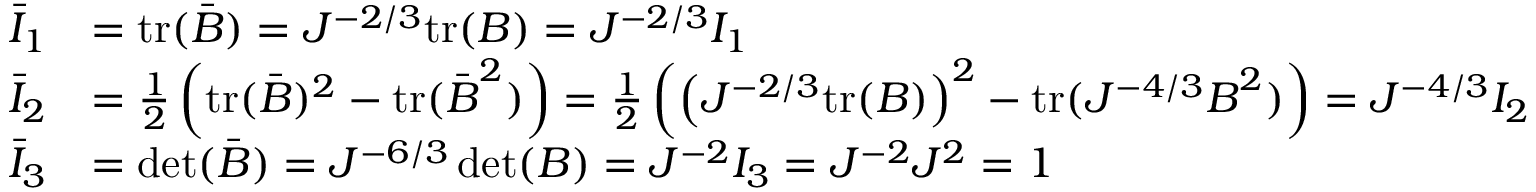
{ \begin{array} { r l } { { \bar { I } } _ { 1 } } & { = { \mathrm { t r } } ( { \bar { \boldsymbol { B } } } ) = J ^ { - 2 / 3 } { \mathrm { t r } } ( { \boldsymbol { B } } ) = J ^ { - 2 / 3 } I _ { 1 } } \\ { { \bar { I } } _ { 2 } } & { = { \frac { 1 } { 2 } } \left( { \mathrm { t r } } ( { \bar { \boldsymbol { B } } } ) ^ { 2 } - { \mathrm { t r } } ( { \bar { \boldsymbol { B } } } ^ { 2 } ) \right) = { \frac { 1 } { 2 } } \left( \left( J ^ { - 2 / 3 } { \mathrm { t r } } ( { \boldsymbol { B } } ) \right) ^ { 2 } - { \mathrm { t r } } ( J ^ { - 4 / 3 } { \boldsymbol { B } } ^ { 2 } ) \right) = J ^ { - 4 / 3 } I _ { 2 } } \\ { { \bar { I } } _ { 3 } } & { = \operatorname* { d e t } ( { \bar { \boldsymbol { B } } } ) = J ^ { - 6 / 3 } \operatorname* { d e t } ( { \boldsymbol { B } } ) = J ^ { - 2 } I _ { 3 } = J ^ { - 2 } J ^ { 2 } = 1 } \end{array} }